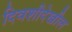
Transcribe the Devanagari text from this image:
दिवशीदेखील